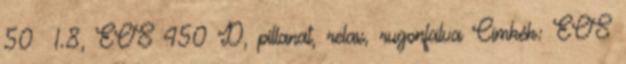
50 1.8, EOS 450 D, pillanat, relax, rugonfalva Címkék: EOS